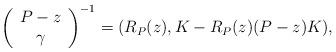
LaTeX: \begin{align*}\left( \begin{array}{c} P-z \\ \gamma \\ \end{array}\right)^{-1}=(R_P(z),K-R_P(z)(P-z)K),\end{align*}